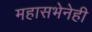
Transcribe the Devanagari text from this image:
महासभेनेही